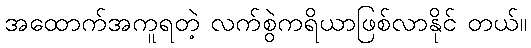
အထောက်အကူရတဲ့ လက်စွဲကရိယာဖြစ်လာနိုင် တယ်။